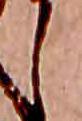
し